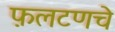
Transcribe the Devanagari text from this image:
फ़लटणचे